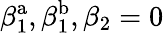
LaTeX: \beta_{1}^{\mathrm{a}},\beta_{1}^{\mathrm{b}},\beta_{2}=0